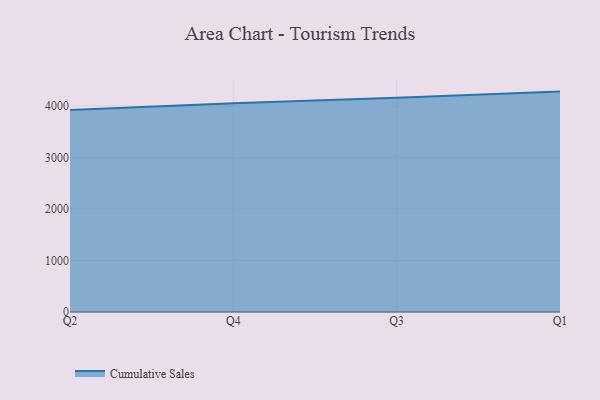
{"axis": {"x": "Quarter", "y": "Gross Profit (USD K)"}, "legend": ["Cumulative Sales"], "data": [{"x": "Q2", "y": 3921.2, "type": "Cumulative Sales"}, {"x": "Q4", "y": 4049.1, "type": "Cumulative Sales"}, {"x": "Q3", "y": 4157.0, "type": "Cumulative Sales"}, {"x": "Q1", "y": 4276.7, "type": "Cumulative Sales"}]}